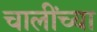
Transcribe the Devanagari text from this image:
चालींच्या